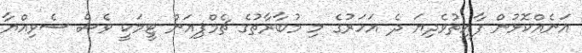
އަނެއްކޮޅުން ފާއިތުވެދިޔަ ދެ އަހަރުގެ މި މުބާރާތުގެ ޗެމްޕިއަން ޓީމަކީ ވެސް ސެވިއްޔާ